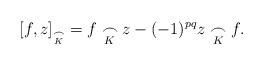
LaTeX: \begin{align*} [f, z]_{\underset{K}{\frown}} =f\underset{K}{\frown} z - (-1)^{pq} z\underset{K}{\frown} f.\end{align*}